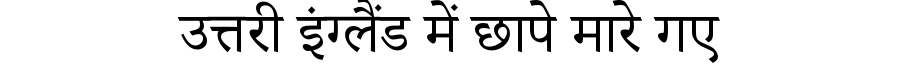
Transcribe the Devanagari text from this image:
उत्तरी इंग्लैंड में छापे मारे गए